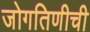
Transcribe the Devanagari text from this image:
जोगतिणीची